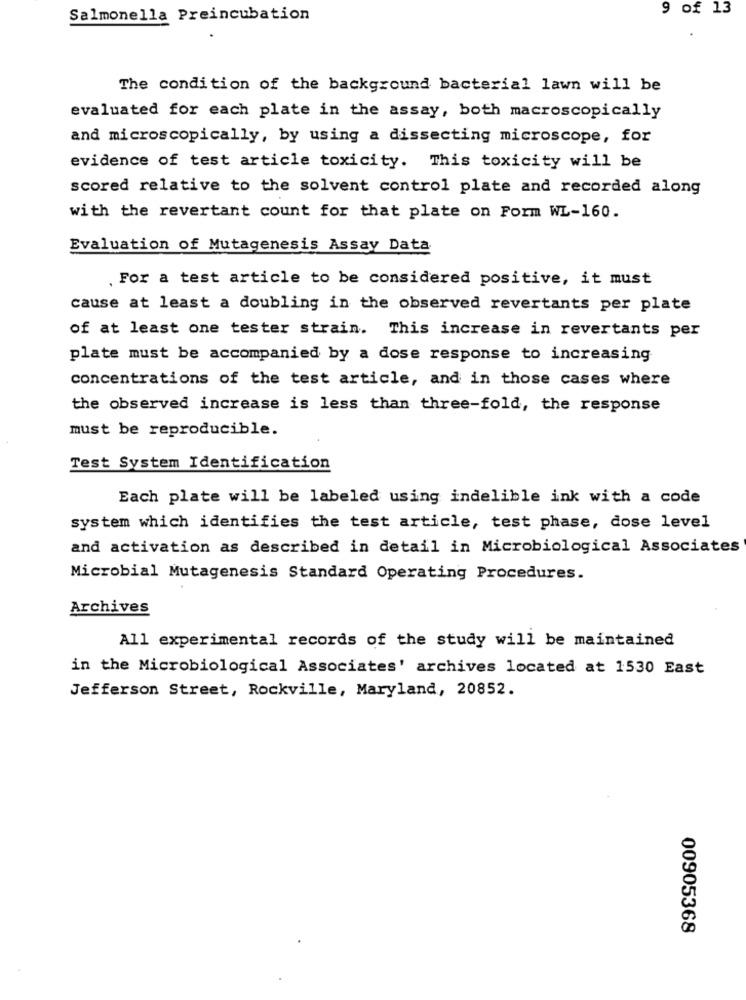
9 of 13
Salmonella Preincubation
The condition of the background bacterial lawn will be
evaluated for each plate in the assay, both macroscopically
and microscopically, by using a dissecting microscope, for
evidence of test article toxicity. This toxicity will be
scored relative to the solvent control plate and recorded along
with the revertant count for that plate on Form WL-160.
Evaluation of Mutagenesis Assay Data
, For a test article to be considered positive, it must
cause at least a doubling in the observed revertants per plate
of at least one tester strain. This increase in revertants per
plate must be accompanied by a dose response to increasing
concentrations of the test article, and in those cases where
the observed increase is less than three-fold, the response
must be reproducible.
Test System Identification
Each plate will be labeled using indelible ink with a code
system which identifies the test article, test phase, dose level
and activation as described in detail in Microbiological Associates
Microbial Mutagenesis Standard Operating Procedures.
Archives
All experimental records of the study will be maintained
in the Microbiological Associates' archives located at 1530 East
Jefferson Street, Rockville, Maryland, 20852.
00905368